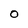
Character: O